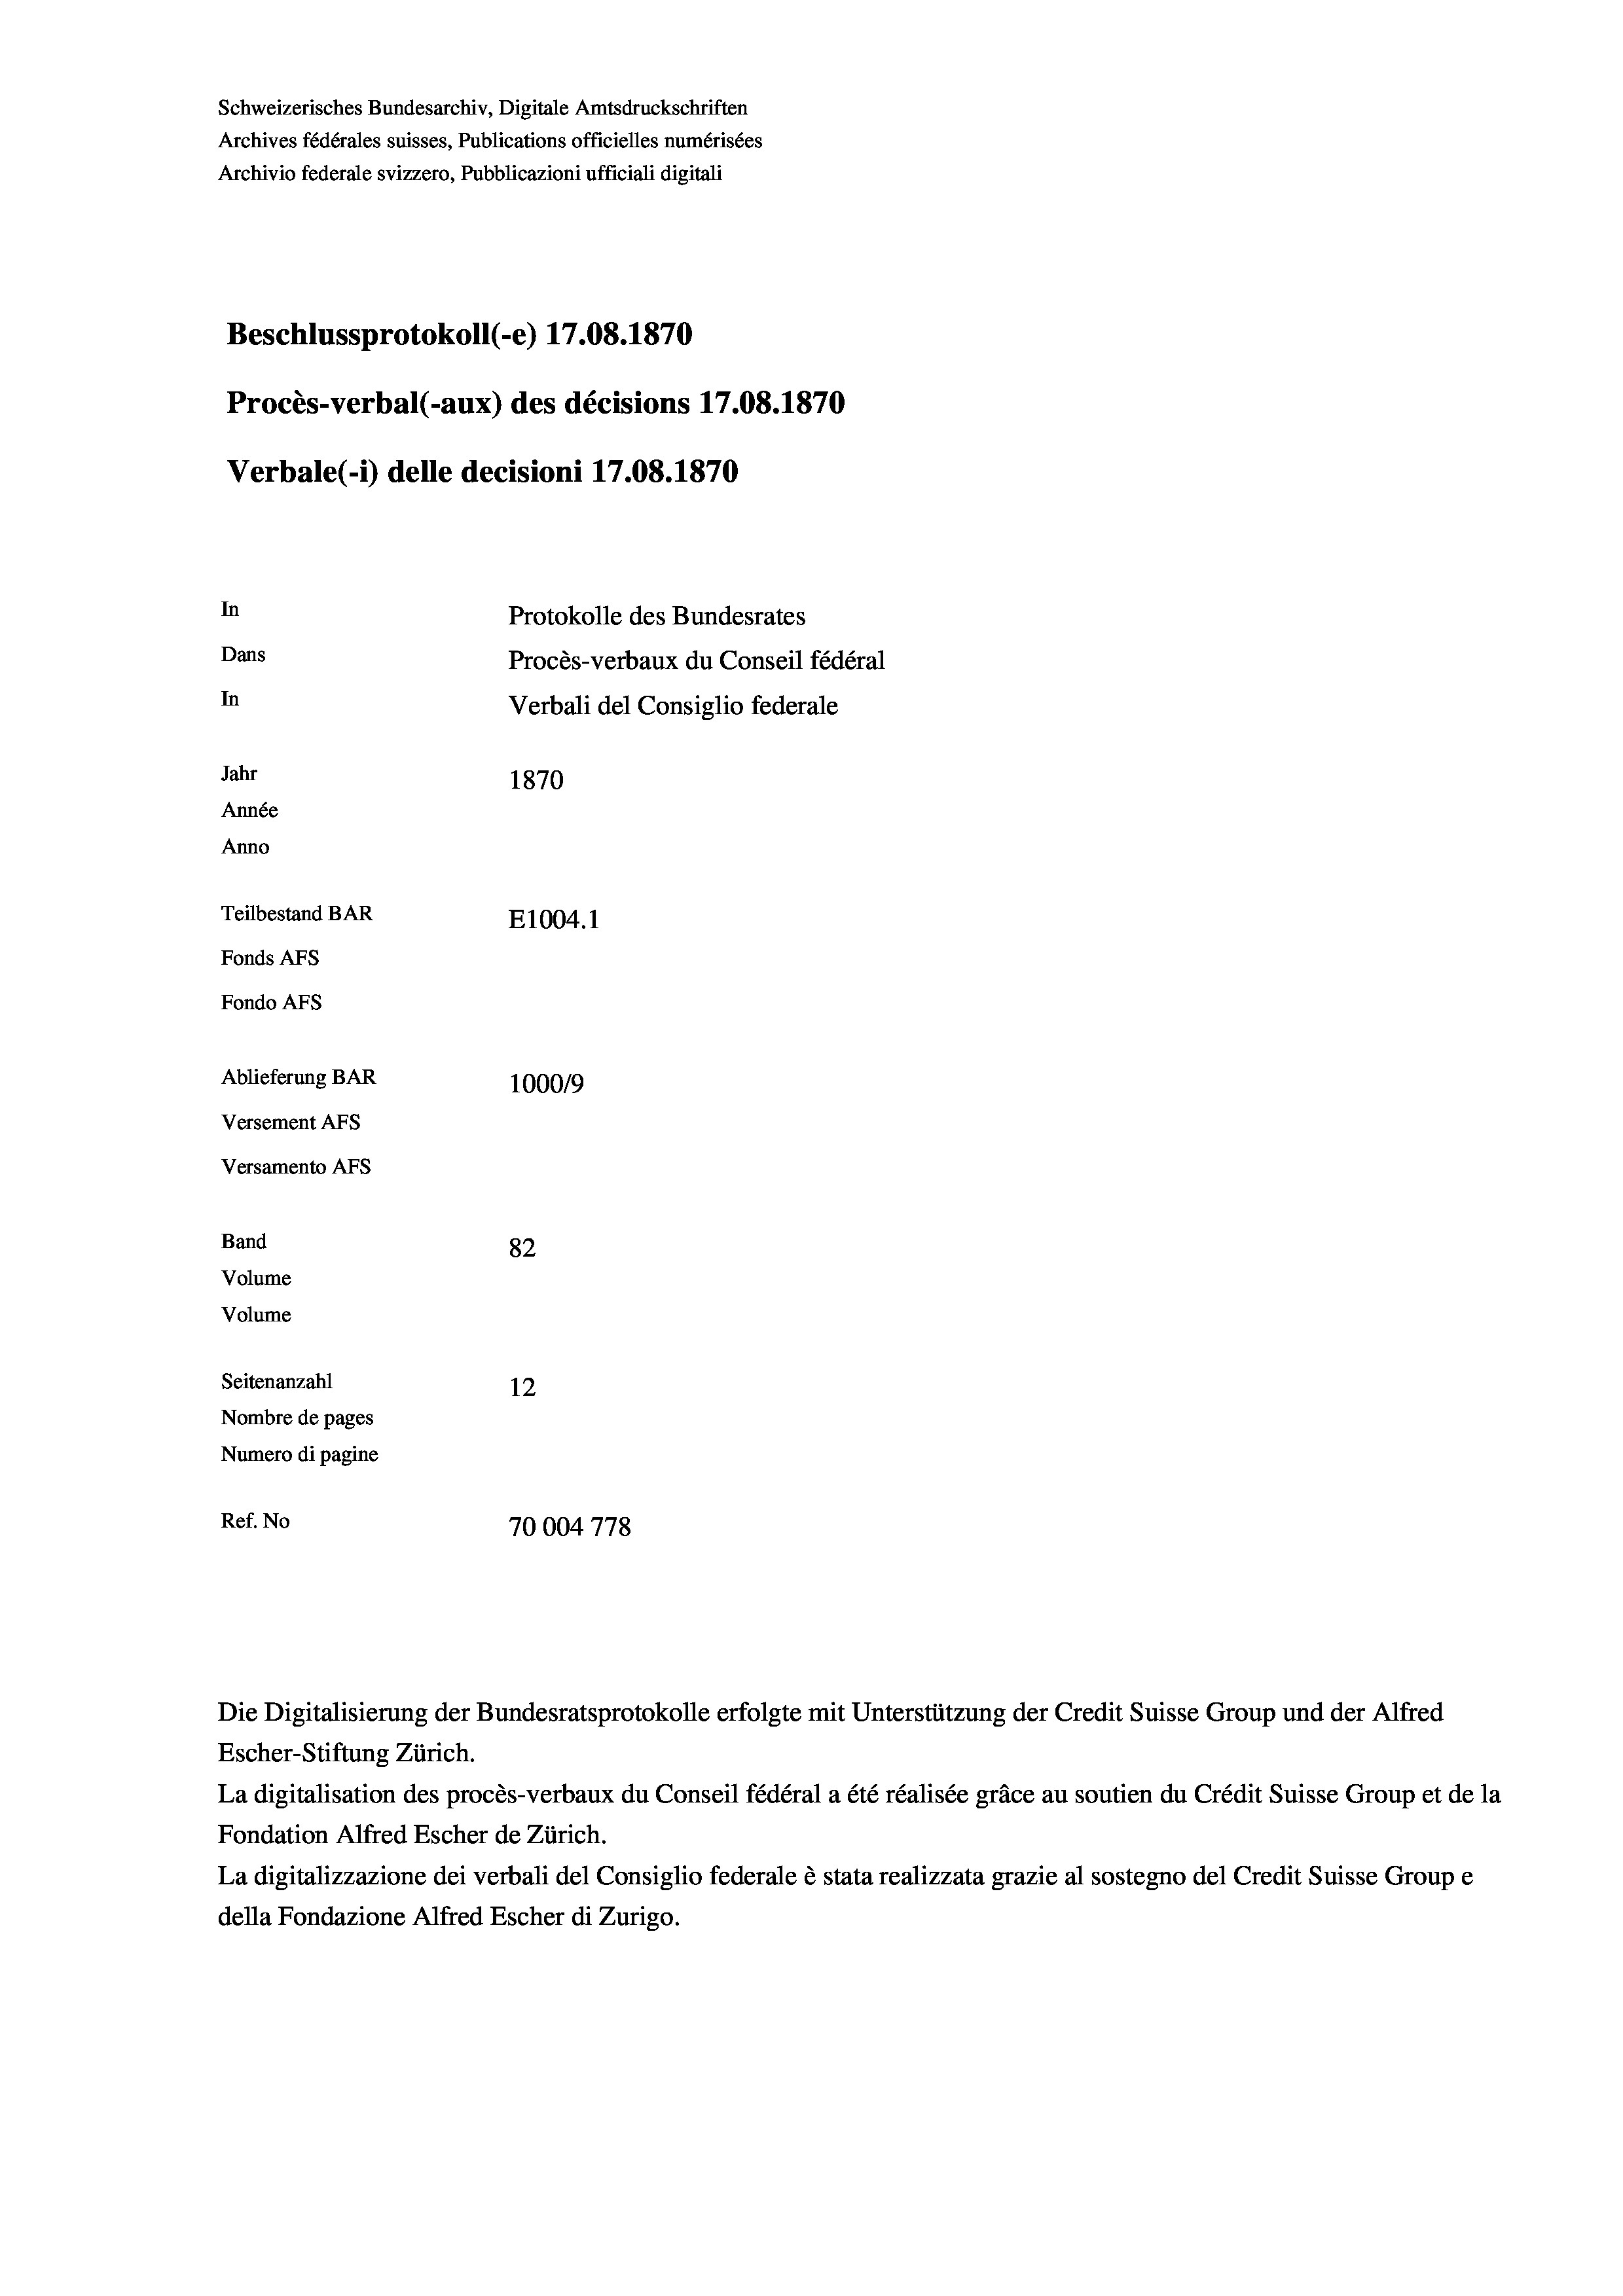
Schweizerisches Bundesarchiv, Digitale Amtsdruckschriften
Archives fédérales suisses, Publications officielles numérisées
Archivio federale svizzero, Pubblicazioni ufficiali digitali
Beschlussprotokoll (-e) 17.08. 1870
Procès-verbal (-aux) des décisions 17.08. 1870
Verbale(-*) delle decisioni 17.08. 1870
In
Protokolle des Bundesrates
Dans
Procès-verbaux du Conseil fédéral
In
Verbali del Consiglio federale
Jahr
1870
Année
Anno
Teilbestand BAR
E1004.1
Fonds AFs
Fondo AFs
Ablieferung BAR
1000/9
Versement AFS
Versamento Afs

82
Volume
Volume
Seitenanzahl
12
Nombre de pages
Numero di pagine
2
Ref. No
70004778

Band

Escher-Stiftung Zürich.
La digitalisation des procès-verbaux du Conseil fédéral a été réalisée gräce au soutien du Crédit Suisse Group et de la
Fondation Alfred Escher de Zürich.
La digitalizzazione dei verbali del Consiglio federale è stata realizzata grazie al sostegno del Credit Suisse Groupe
della Fondazione Alfred Escher di Zurigo.

Die Digitalisierung der Bundesratsprotokolle erfolgte mit Unterstützung der Credit Suisse Group und der Alfred